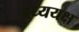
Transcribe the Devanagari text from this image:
अध्ययक्ष